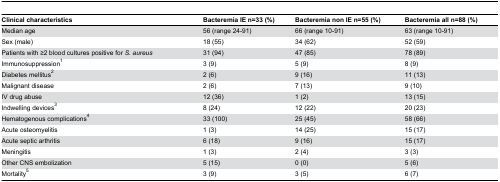
<table><thead><tr><td><b>Clinical characteristics</b></td><td><b>Bacteremia IE n=33 (%)</b></td><td><b>Bacteremia non IE n=55 (%)</b></td><td><b>Bacteremia all n=88 (%)</b></td></tr></thead><tbody><tr><td>Median age</td><td>56 (range 24-91)</td><td>66 (range 10-91)</td><td>63 (range 10-91)</td></tr><tr><td>Sex (male)</td><td>18 (55)</td><td>34 (62)</td><td>52 (59)</td></tr><tr><td>Patients with ≥2 blood cultures positive for <i>S. aureus</i></td><td>31 (94)</td><td>47 (85)</td><td>78 (89)</td></tr><tr><td>Immunosuppression<sup>1</sup></td><td>3 (9)</td><td>5 (9)</td><td>8 (9)</td></tr><tr><td>Diabetes mellitus<sup>2</sup></td><td>2 (6)</td><td>9 (16)</td><td>11 (13)</td></tr><tr><td>Malignant disease</td><td>2 (6)</td><td>7 (13)</td><td>9 (10)</td></tr><tr><td>IV drug abuse</td><td>12 (36)</td><td>1 (2)</td><td>13 (15)</td></tr><tr><td>Indwelling devices<sup>3</sup></td><td>8 (24)</td><td>12 (22)</td><td>20 (23)</td></tr><tr><td>Hematogenous complications<sup>4</sup></td><td>33 (100)</td><td>25 (45)</td><td>58 (66)</td></tr><tr><td>Acute osteomyelitis</td><td>1 (3)</td><td>14 (25)</td><td>15 (17)</td></tr><tr><td>Acute septic arthritis</td><td>6 (18)</td><td>9 (16)</td><td>15 (17)</td></tr><tr><td>Meningitis</td><td>1 (3)</td><td>2 (4)</td><td>3 (3)</td></tr><tr><td>Other CNS embolization</td><td>5 (15)</td><td>0 (0)</td><td>5 (6)</td></tr><tr><td>Mortality<sup>5</sup></td><td>3 (9)</td><td>3 (5)</td><td>6 (7)</td></tr></tbody></table>